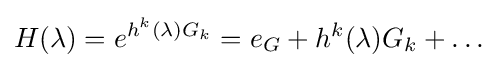
H(\lambda )=e^{h^{k}(\lambda )G_{k}}=e_{G}+h^{k}(\lambda )G_{k}+\ldots